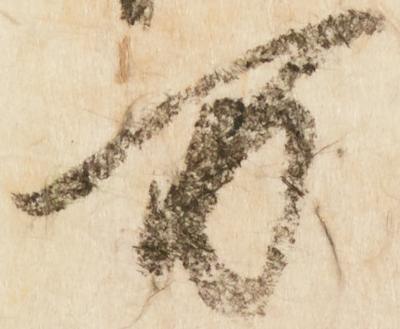
万